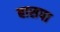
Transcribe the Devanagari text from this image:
बासपा